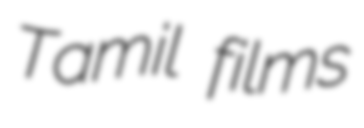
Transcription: Tamil films